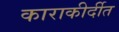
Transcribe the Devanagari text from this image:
काराकीर्दीत